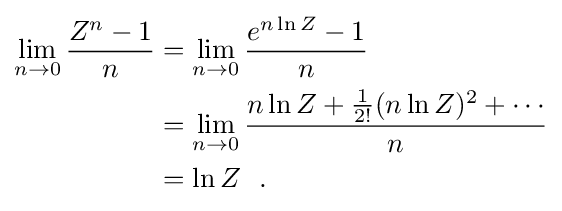
{\begin{aligned}\lim _{n\rightarrow 0}{\dfrac {Z^{n}-1}{n}}&=\lim _{n\rightarrow 0}{\dfrac {e^{n\ln Z}-1}{n}}\\&=\lim _{n\rightarrow 0}{\dfrac {n\ln Z+{1 \over 2!}(n\ln Z)^{2}+\cdots }{n}}\\&=\ln Z~~.\end{aligned}}